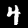
Label: 4